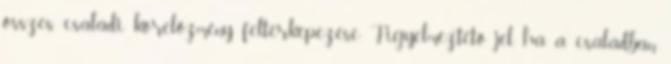
összes családi kórelőzmény feltérképezése. Figyelmeztető jel, ha a családban